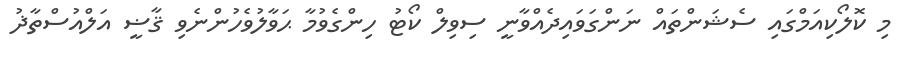
މި ކޮލޯކިއަމްގައި ސެޝަންތައް ނަންގަވައިދެއްވާނީ ސިިވިލް ކޯޓު ހިންގެވުމާ ޙަވާލުވެހުންނެވި ޤާޟީ އަލްއުސްތާޛު